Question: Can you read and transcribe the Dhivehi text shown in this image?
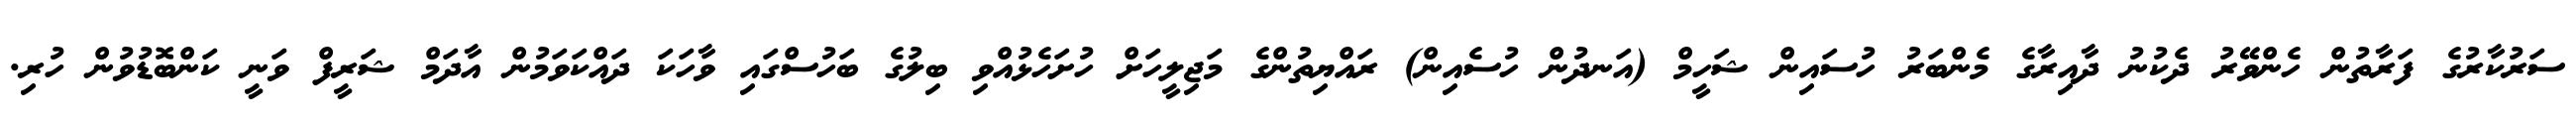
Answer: ސަރުކާރުގެ ފަރާތުން ހެންވޭރު ދެކުނު ދާއިރާގެ މެންބަރު ހުސައިން ޝަހީމް (އަނދުން ހުސެއިން) ރައްޔިތުންގެ މަޖިލީހަށް ހުށަހެޅުއްވި ބިލުގެ ބަހުސްގައި ވާހަކަ ދައްކަވަމުން އާދަމް ޝަރީފް ވަނީ ކަންބޮޑުވުން ހުރި.